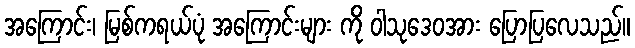
အကြောင်း၊ မြစ်ကရယ်ပုံ အကြောင်းများ ကို ဝါသုဒေဝအား ပြောပြလေသည်။